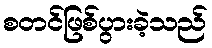
စတင်ဖြစ်ပွားခဲ့သည်